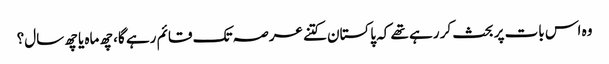
وہ اس بات پر بحث کر رہے تھے کہ پاکستان کتنے عرصہ تک قائم رہے گا، چھ ماہ یا چھ سال؟